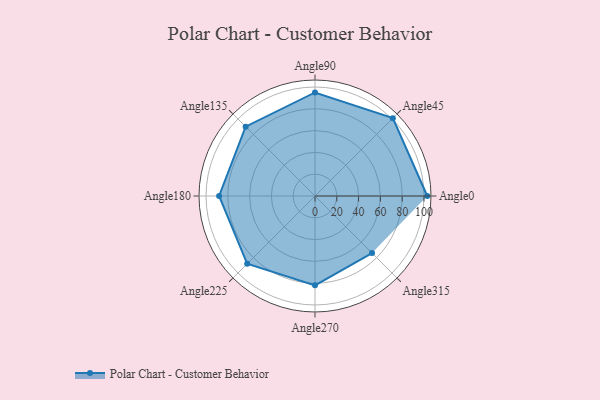
{"axis": {"x": "Angle", "y": "Radius"}, "legend": [""], "data": [{"x": "Angle0", "y": 103.0, "type": ""}, {"x": "Angle45", "y": 101.0, "type": ""}, {"x": "Angle90", "y": 95.0, "type": ""}, {"x": "Angle135", "y": 90.0, "type": ""}, {"x": "Angle180", "y": 88.0, "type": ""}, {"x": "Angle225", "y": 88.0, "type": ""}, {"x": "Angle270", "y": 82.0, "type": ""}, {"x": "Angle315", "y": 74.0, "type": ""}]}